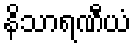
နိသာရဏီယံ